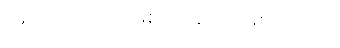
နောက်ဆုံးဂြိုဟ်ဖြစ်လာခဲ့တာ ဖြစ်ပါတယ်။